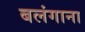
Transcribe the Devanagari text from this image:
बलंगाना